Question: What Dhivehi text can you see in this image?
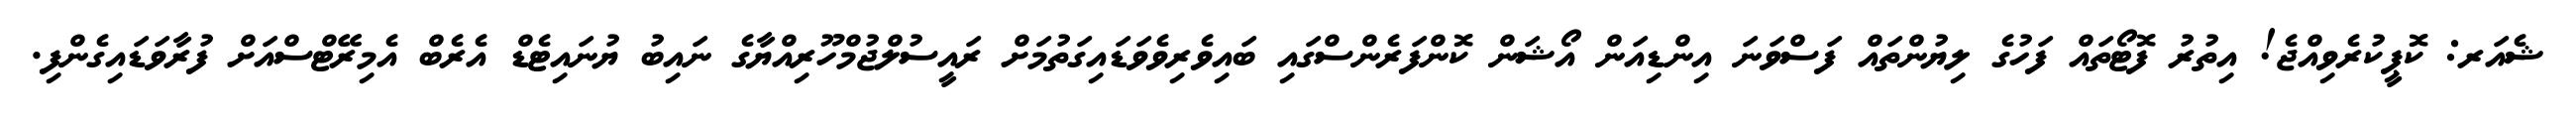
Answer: ޝެއަރ: ކޮޕީކުރެވިއްޖެ! އިތުރު ފޮޓޯތައް ފަހުގެ ލިޔުންތައް ފަސްވަނަ އިންޑިއަން އޯޝަން ކޮންފަރެންސްގައި ބައިވެރިވެވަޑައިގަތުމަށް ރައީސުލްޖުމްހޫރިއްޔާގެ ނައިބު ޔުނައިޓެޑް އެރެބް އެމިރޭޓްސްއަށް ފުރާވަޑައިގެންފި.